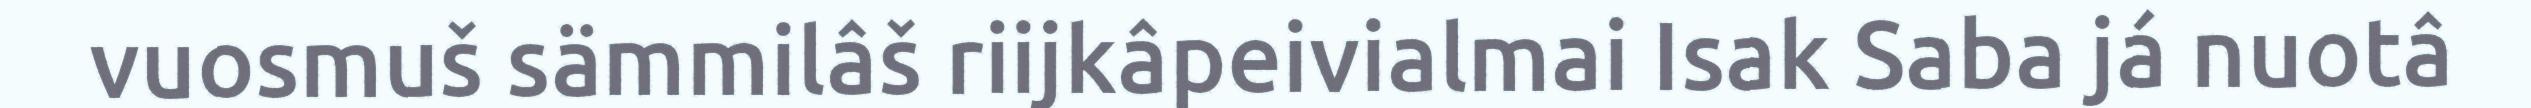
vuosmuš sämmilâš riijkâpeivialmai Isak Saba já nuotâ